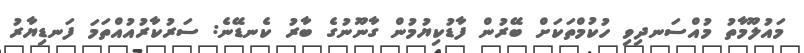
މައުލޫމާތު މުއްސަނދިވި ހުކުމްތަކަށް ބޭރުން ފާޑުކިޔުމުން ގާނޫނުގެ ބާރު ކެނޑޭނެ: ސަރުކާރުއުއްތަމަ ފަނޑިޔާރު